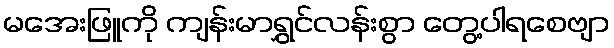
မအေးဖြူကို ကျန်းမာရွှင်လန်းစွာ တွေ့ပါရစေဗျာ